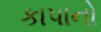
કાપાનો